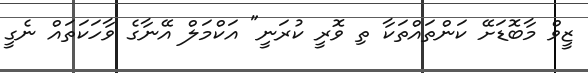
ޒީވް މާބޮޑަށޭ ކަންތައްތަކާ ތި ވޮރީ ކުރަނީ" އަކްމަލް އޭނާގެ ވާހަކަތައް ނެގީ